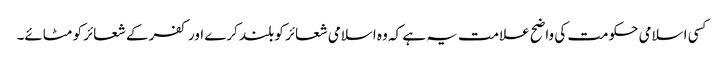
کسی اسلامی حکومت کی واضح علامت یہ ہے کہ وہ اسلامی شعائر کو بلند کرے اور کفر کے شعائر کو مٹائے۔